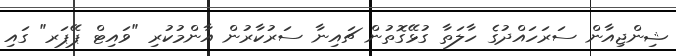
ޝިންޖިއާން ސަރަހައްދުގެ ހާލަތާ ގުޅޭގޮތުން ޗައިނާ ސަރުކާރުން އާންމުކުރި "ވައިޓް ޕޭޕަރ" ގައި